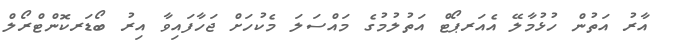
އާރު އަތުން ހުޅުމާލޭ އެއަރޕޯޓް އަތުލުމުގެ މައްސަލަ މެކުހަށް ޖަހާފައިވާ އިރު ބޯޑަރކޮންޓްރޯލް